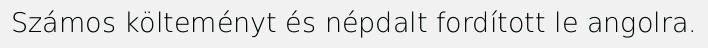
Számos költeményt és népdalt fordított le angolra.